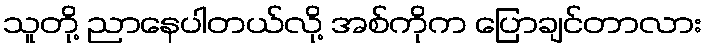
သူတို့ ညာနေပါတယ်လို့ အစ်ကိုက ပြောချင်တာလား